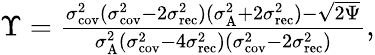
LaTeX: \begin{array}{r}{\Upsilon=\frac{\sigma_{\textrm{cov}}^{2}(\sigma_{\textrm{cov}}^{2}-2\sigma_{\textrm{rec}}^{2})(\sigma_{\textrm{A}}^{2}+2\sigma_{\textrm{rec}}^{2})-\sqrt{2\Psi}}{\sigma_{\textrm{A}}^{2}(\sigma_{\textrm{cov}}^{2}-4\sigma_{\textrm{rec}}^{2})(\sigma_{\textrm{cov}}^{2}-2\sigma_{\textrm{rec}}^{2})},}\end{array}